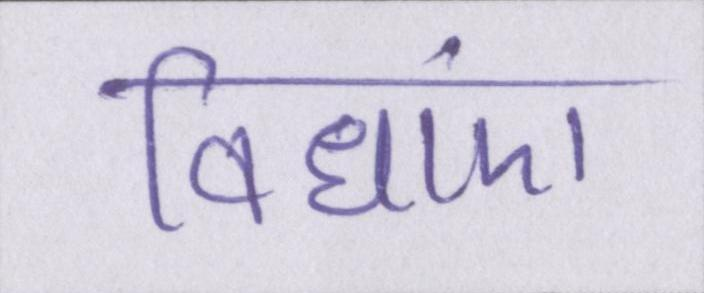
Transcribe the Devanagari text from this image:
विधाएं